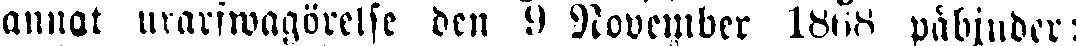
annat urarfwagörelse den 9 November 1868 påbjuder: